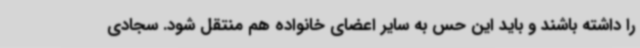
را داشته باشند و باید این حس به سایر اعضای خانواده هم منتقل شود. سجادی